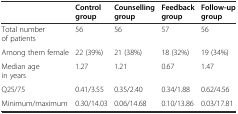
<table><thead><tr><td></td><td><b>Control group</b></td><td><b>Counselling group</b></td><td><b>Feedback group</b></td><td><b>Follow-up group</b></td></tr></thead><tbody><tr><td>Total number of patients</td><td>56</td><td>56</td><td>57</td><td>56</td></tr><tr><td>Among them female</td><td>22 (39%)</td><td>21 (38%)</td><td>18 (32%)</td><td>19 (34%)</td></tr><tr><td>Median age in years</td><td>1.27</td><td>1.21</td><td>0.67</td><td>1.47</td></tr><tr><td>Q25/75</td><td>0.41/3.55</td><td>0.35/2.40</td><td>0.34/1.88</td><td>0.62/4.56</td></tr><tr><td>Minimum/maximum</td><td>0.30/14.03</td><td>0.06/14.68</td><td>0.10/13.86</td><td>0.03/17.81</td></tr></tbody></table>